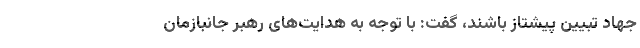
جهاد تبیین پیشتاز باشند، گفت: با توجه به هدایت‌های رهبر جانبازمان